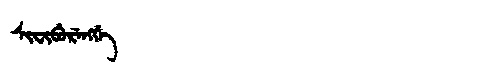
Manchu: ᠰᡳᠸᡳᠪᡠᡵᡝᠩᡤᡝ
Romanization: SIFIBURENGGE